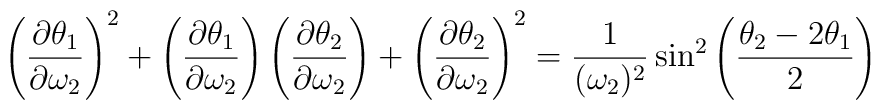
\left({\partial \theta _1 \over \partial\omega_2}\right)^2 + \left({\partial \theta _1 \over \partial\omega_2}\right) \left({\partial \theta _2 \over \partial\omega_2}\right) + \left({\partial \theta _2 \over \partial\omega_2}\right)^2 = {1 \over (\omega_2)^2}\sin^2 \left({\theta _2- 2\theta _1 \over 2}\right)